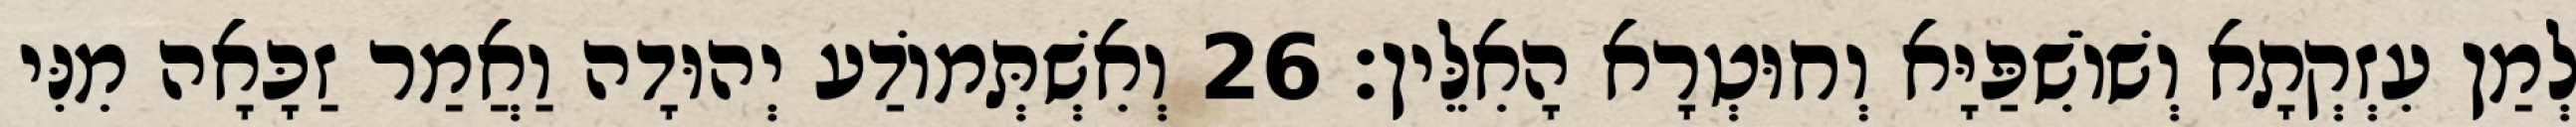
לְמַן עִזְקְתָא וְשׁוֹשִׁפַּיָּא וְחוּטְרָא הָאִלֵּין׃ 26 וְאִשְׁתְּמוֹדַע יְהוּדָה וַאֲמַר זַכָּאָה מִנִּי